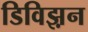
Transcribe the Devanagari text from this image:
डिविझ़न